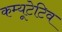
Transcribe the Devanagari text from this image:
कम्यूटेटिव